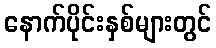
နောက်ပိုင်းနှစ်များတွင်